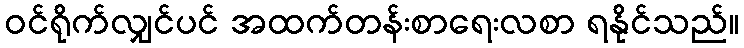
ဝင်ရိုက်လျှင်ပင် အထက်တန်းစာရေးလစာ ရနိုင်သည်။